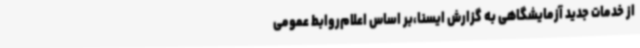
از خدمات جدید آزمایشگاهی به گزارش ایسنا،بر اساس اعلام‌روابط عمومی